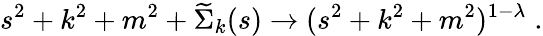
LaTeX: s^{2}+k^{2}+m^{2}+\widetilde{\Sigma}_{k}(s)\rightarrow(s^{2}+k^{2}+m^{2})^{1-\lambda}\; .